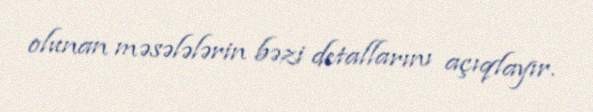
olunan məsələlərin bəzi detallarını açıqlayır.